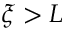
\xi > L